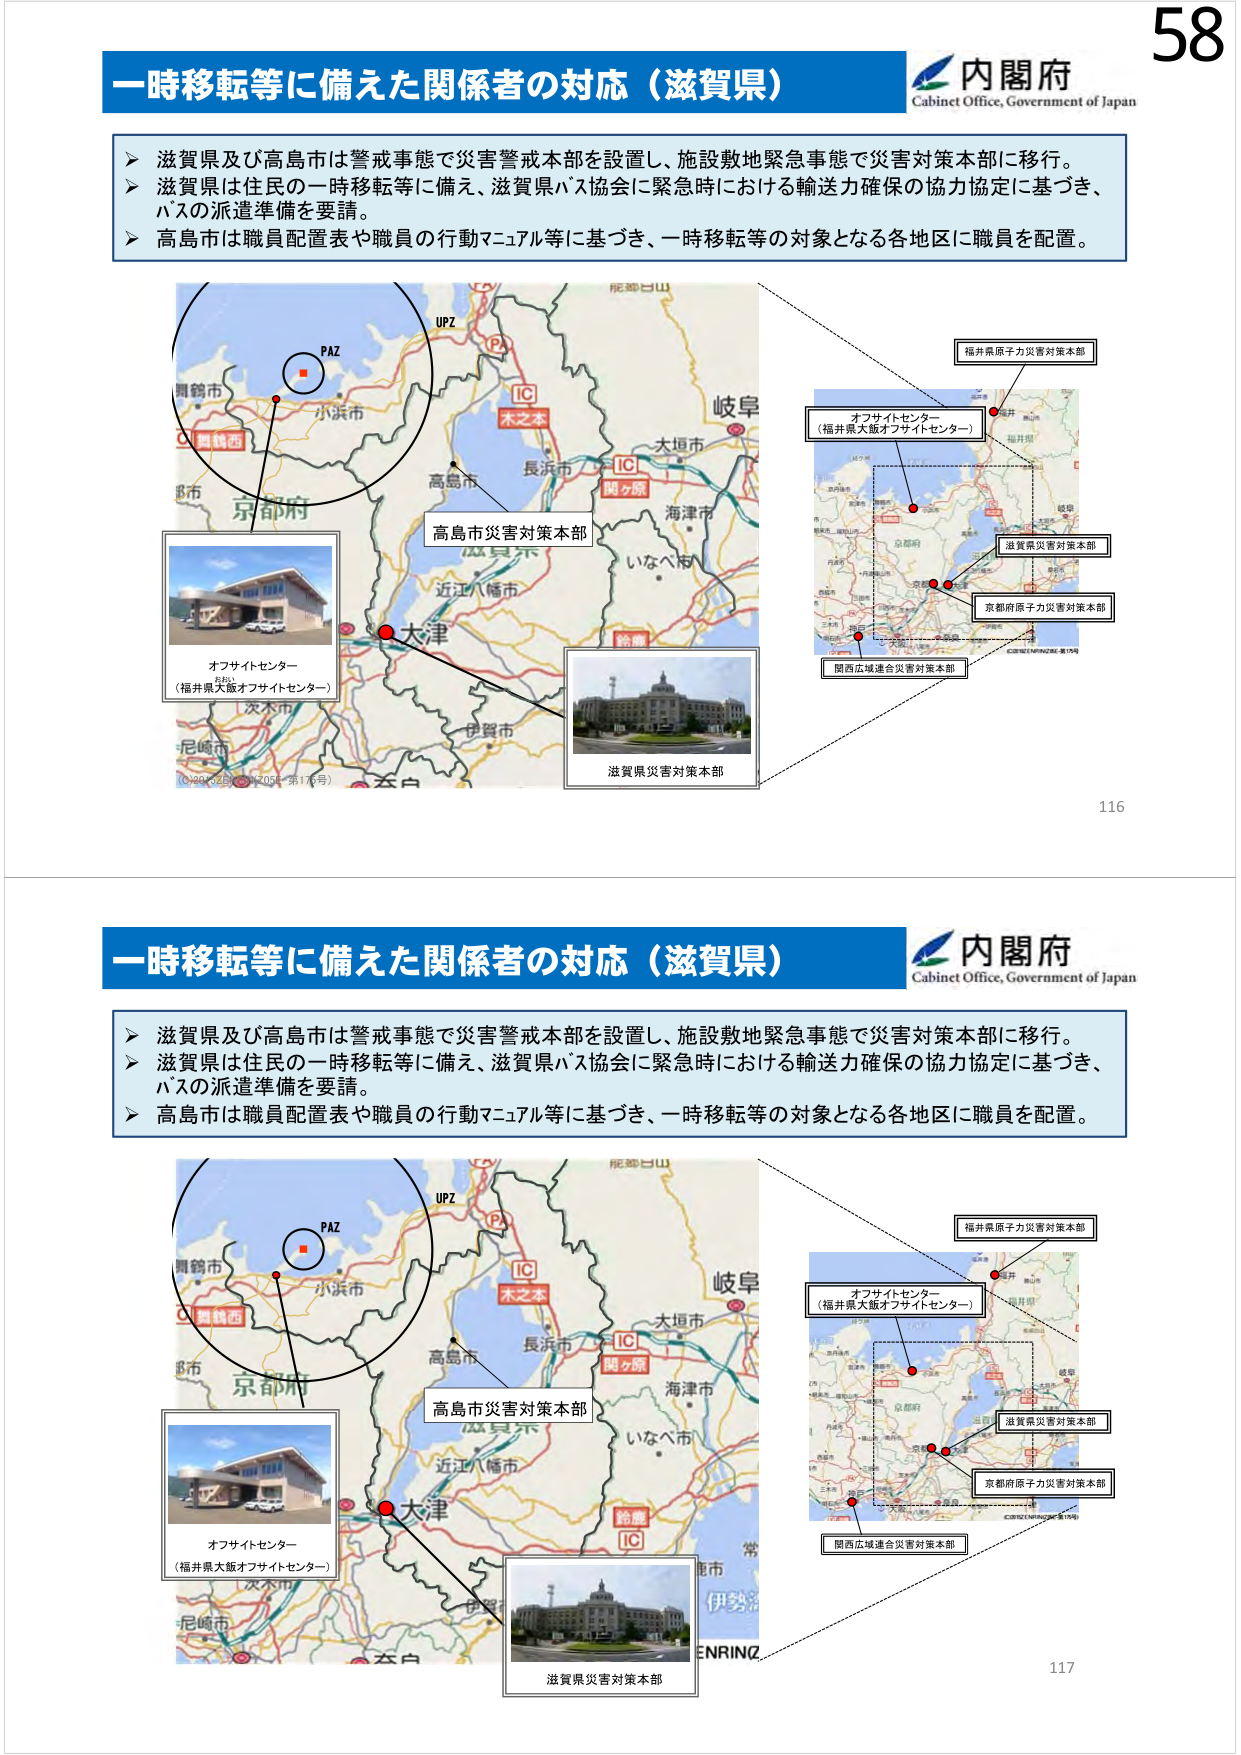
一時移転等に備えた関係者の対応（滋賀県）
内閣府
Cabinet Office, Government of Japan

➤ 滋賀県及び高島市は警戒事態で災害警戒本部を設置し、施設敷地緊急事態で災害対策本部に移行。
➤ 滋賀県は住民の一時移転等に備え、滋賀県バス協会に緊急時における輸送力確保の協力協定に基づき、バスの派遣準備を要請。
➤ 高島市は職員配置表や職員の行動マニュアル等に基づき、一時移転等の対象となる各地区に職員を配置。

PAZ
UPZ
舞鶴市
小浜市
京都市
舞鶴西
IC
木之本
高島市
長浜市
IC
関ヶ原
海津市
岐阜
大垣市
近江八幡市
大津
伊賀市
いなべ市
尼崎市
茨木市
（IC280-2051-2051-第17号）
オフサイトセンター
（福井県大飯オフサイトセンター）
高島市災害対策本部
滋賀県災害対策本部
福井県原子力災害対策本部
オフサイトセンター
（福井県大飯オフサイトセンター）
滋賀県災害対策本部
京都府原子力災害対策本部
関西広域連合災害対策本部

116

一時移転等に備えた関係者の対応（滋賀県）
内閣府
Cabinet Office, Government of Japan

➤ 滋賀県及び高島市は警戒事態で災害警戒本部を設置し、施設敷地緊急事態で災害対策本部に移行。
➤ 滋賀県は住民の一時移転等に備え、滋賀県バス協会に緊急時における輸送力確保の協力協定に基づき、バスの派遣準備を要請。
➤ 高島市は職員配置表や職員の行動マニュアル等に基づき、一時移転等の対象となる各地区に職員を配置。

PAZ
UPZ
舞鶴市
小浜市
京都市
舞鶴西
IC
木之本
高島市
長浜市
IC
関ヶ原
海津市
岐阜
大垣市
近江八幡市
大津
伊賀市
いなべ市
尼崎市
茨木市
オフサイトセンター
（福井県大飯オフサイトセンター）
高島市災害対策本部
滋賀県災害対策本部
福井県原子力災害対策本部
オフサイトセンター
（福井県大飯オフサイトセンター）
滋賀県災害対策本部
京都府原子力災害対策本部
関西広域連合災害対策本部

117

58